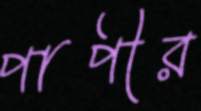
পাপীর